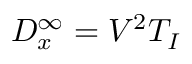
D _ { x } ^ { \infty } = V ^ { 2 } T _ { I }